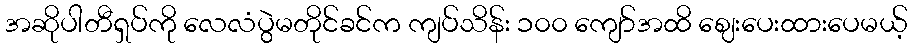
အဆိုပါတီရှပ်ကို လေလံပွဲမတိုင်ခင်က ကျပ်သိန်း ၁၀၀ ကျော်အထိ ဈေးပေးထားပေမယ့်